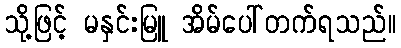
သို့ဖြင့် မနှင်းမြူ အိမ်ပေါ်တက်ရသည်။